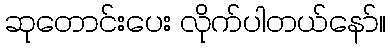
ဆုတောင်းပေး လိုက်ပါတယ်နော်။